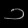
Digit: ၁